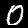
Digit: 0